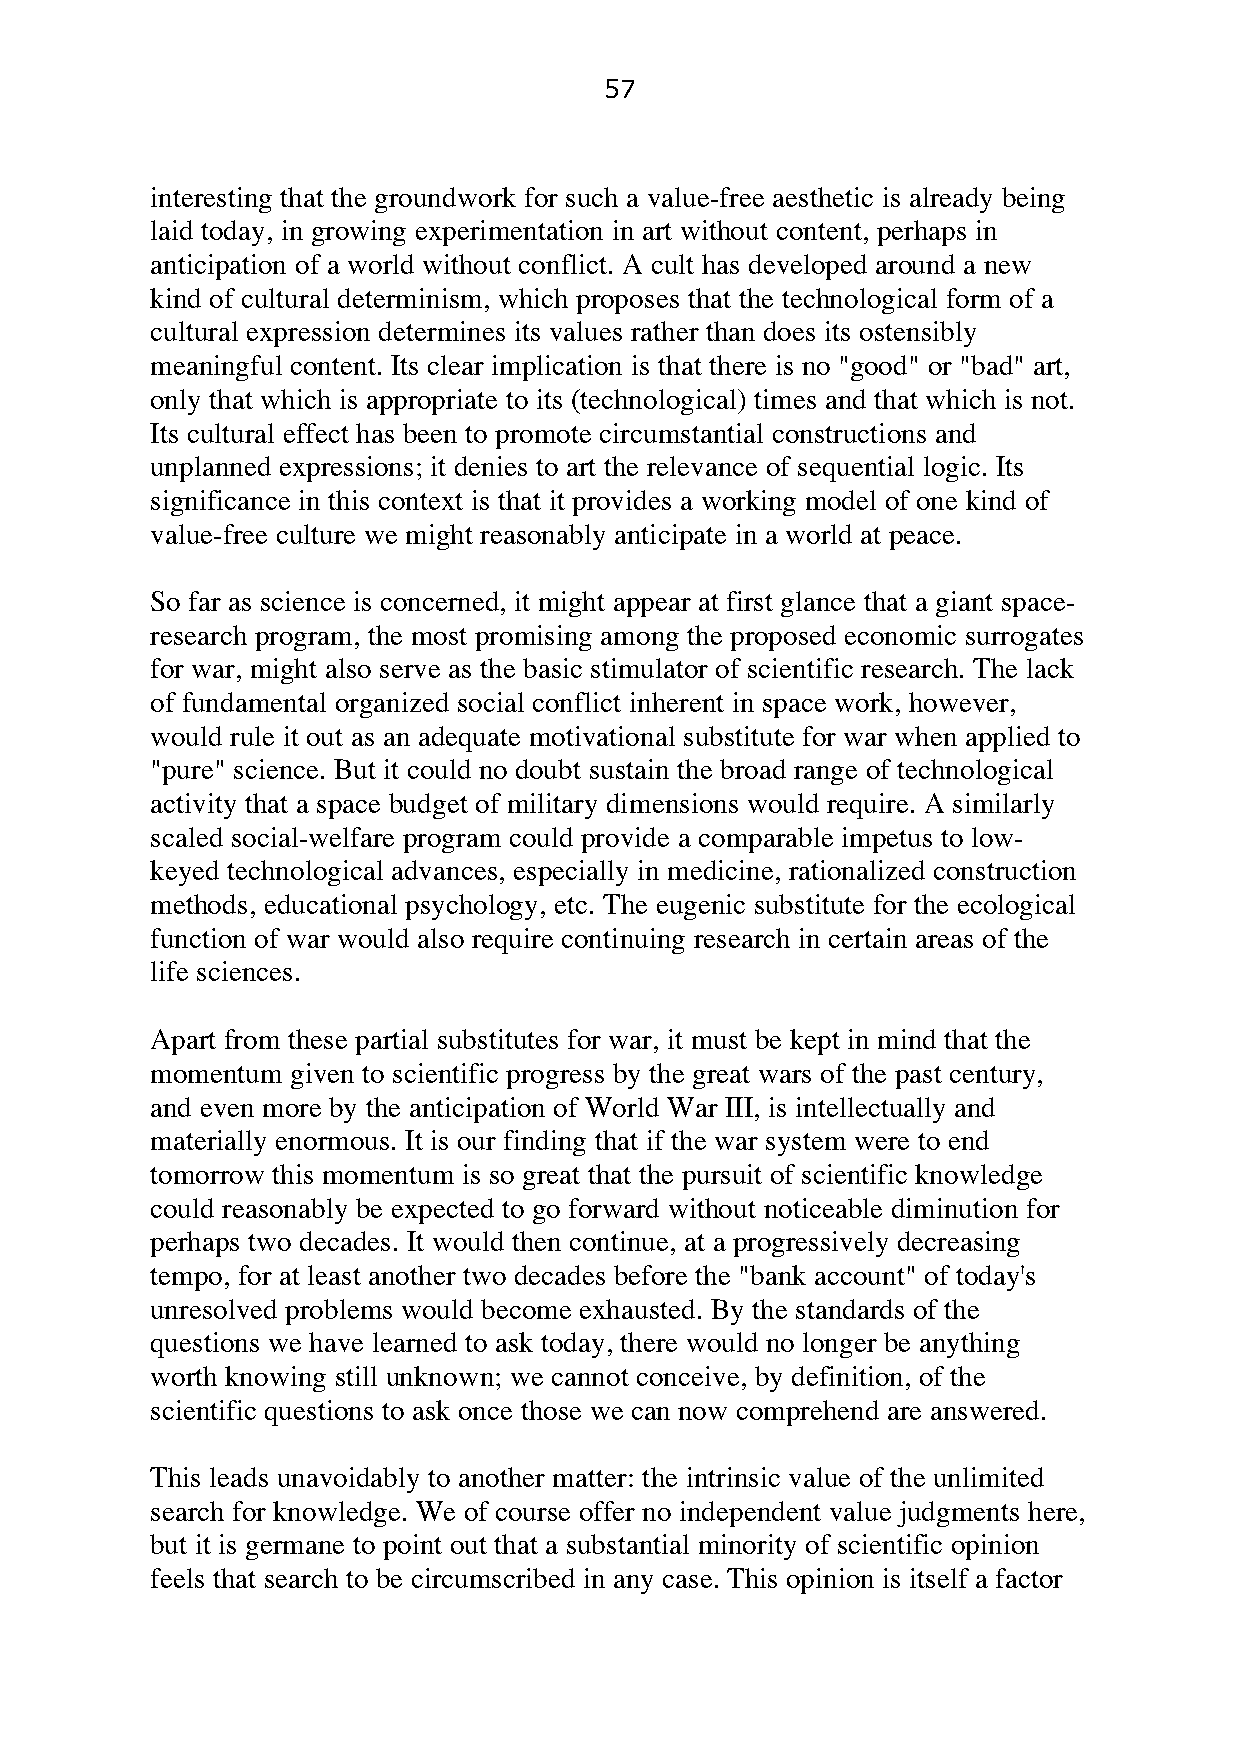
57
 interesting that the groundwork for such a value-free aesthetic is already being
 laid today, in growing experimentation in art without content, perhaps in
 anticipation of a world without conflict. A cult has developed around a new
 kind of cultural determinism, which proposes that the technological form of a
 cultural expression determines its values rather than does its ostensibly
 meaningful content. Its clear implication is that there is no "good" or "bad" art,
 only that which is appropriate to its (technological) times and that which is not.
 Its cultural effect has been to promote circumstantial constructions and
 unplanned expressions; it denies to art the relevance of sequential logic. Its
 significance in this context is that it provides a working model of one kind of
 value-free culture we might reasonably anticipate in a world at peace.
 So far as science is concerned, it might appear at first glance that a giant space-
 research program, the most promising among the proposed economic surrogates
 for war, might also serve as the basic stimulator of scientific research. The lack
 of fundamental organized social conflict inherent in space work, however,
 would rule it out as an adequate motivational substitute for war when applied to
 "pure" science. But it could no doubt sustain the broad range of technological
 activity that a space budget of military dimensions would require. A similarly
 scaled social-welfare program could provide a comparable impetus to low-
 keyed technological advances, especially in medicine, rationalized construction
 methods, educational psychology, etc. The eugenic substitute for the ecological
 function of war would also require continuing research in certain areas of the
 life sciences.
 Apart from these partial substitutes for war, it must be kept in mind that the
 momentum given to scientific progress by the great wars of the past century,
 and even more by the anticipation of World War III, is intellectually and
 materially enormous. It is our finding that if the war system were to end
 tomorrow this momentum is so great that the pursuit of scientific knowledge
 could reasonably be expected to go forward without noticeable diminution for
 perhaps two decades. It would then continue, at a progressively decreasing
 tempo, for at least another two decades before the "bank account" of today's
 unresolved problems would become exhausted. By the standards of the
 questions we have learned to ask today, there would no longer be anything
 worth knowing still unknown; we cannot conceive, by definition, of the
 scientific questions to ask once those we can now comprehend are answered.
 This leads unavoidably to another matter: the intrinsic value of the unlimited
 search for knowledge. We of course offer no independent value judgments here,
 but it is germane to point out that a substantial minority of scientific opinion
 feels that search to be circumscribed in any case. This opinion is itself a factor